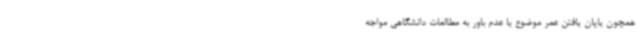
همچون یاپان یافتن عمر موضوع یا عدم باور به مطالعات دانشگاهی مواجه